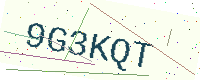
Text: 9G3KQT